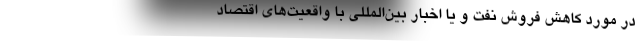
در مورد کاهش فروش نفت و یا اخبار بین‌المللی با واقعیت‌های اقتصاد